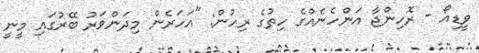
ވީޑިއޯ - ރޮހިންޖާ އަންހެނެއްގެ ހިތުގެ ރިހުން: "އަހަރެން މިދަންވަރު ބޭރުގައި މީނީ